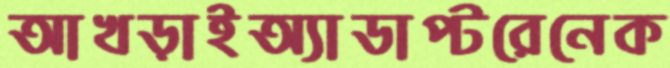
আখড়াইঅ্যাডাপ্টরেনেক